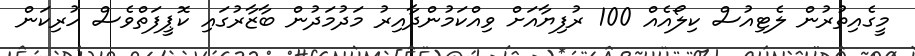
މީގެއިތުރުން ލެޓިއުސް ކިލޯއެއް 100 ރުފިޔާއަށް ވިއްކަމުންދާއިރު މަދުމަދުން ބާޒާރުގައި ކޮޕީފަތްވެސް ހުރިކަން